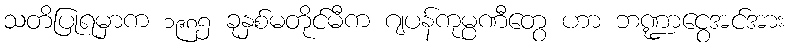
သတိပြုရမှာက ၁၉၈၅ ခုနှစ်မတိုင်မီက ဂျပန်ကုမ္ပဏီတွေ ဟာ ဘဏ္ဍာငွေအင်အား